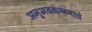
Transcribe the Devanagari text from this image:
अनुभवकथनाचे